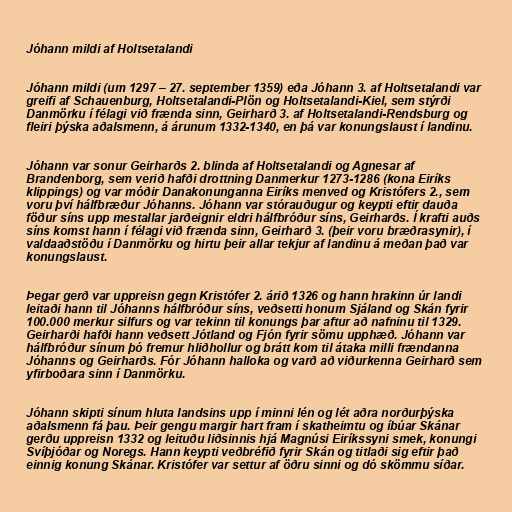
Jóhann mildi af Holtsetalandi

Jóhann mildi (um 1297 – 27. september 1359) eða Jóhann 3. af Holtsetalandi var
greifi af Schauenburg, Holtsetalandi-Plön og Holtsetalandi-Kiel, sem stýrði
Danmörku í félagi við frænda sinn, Geirharð 3. af Holtsetalandi-Rendsburg og
fleiri þýska aðalsmenn, á árunum 1332-1340, en þá var konungslaust í landinu.

Jóhann var sonur Geirharðs 2. blinda af Holtsetalandi og Agnesar af
Brandenborg, sem verið hafði drottning Danmerkur 1273-1286 (kona Eiríks
klippings) og var móðir Danakonunganna Eiríks menved og Kristófers 2., sem
voru því hálfbræður Jóhanns. Jóhann var stórauðugur og keypti eftir dauða
föður síns upp mestallar jarðeignir eldri hálfbróður síns, Geirharðs. Í krafti auðs
síns komst hann í félagi við frænda sinn, Geirharð 3. (þeir voru bræðrasynir), í
valdaaðstöðu í Danmörku og hirtu þeir allar tekjur af landinu á meðan það var
konungslaust.

Þegar gerð var uppreisn gegn Kristófer 2. árið 1326 og hann hrakinn úr landi
leitaði hann til Jóhanns hálfbróður síns, veðsetti honum Sjáland og Skán fyrir
100.000 merkur silfurs og var tekinn til konungs þar aftur að nafninu til 1329.
Geirharði hafði hann veðsett Jótland og Fjón fyrir sömu upphæð. Jóhann var
hálfbróður sínum þó fremur hliðhollur og brátt kom til átaka milli frændanna
Jóhanns og Geirharðs. Fór Jóhann halloka og varð að viðurkenna Geirharð sem
yfirboðara sinn í Danmörku.

Jóhann skipti sínum hluta landsins upp í minni lén og lét aðra norðurþýska
aðalsmenn fá þau. Þeir gengu margir hart fram í skatheimtu og íbúar Skánar
gerðu uppreisn 1332 og leituðu liðsinnis hjá Magnúsi Eiríkssyni smek, konungi
Svíþjóðar og Noregs. Hann keypti veðbréfið fyrir Skán og titlaði sig eftir það
einnig konung Skánar. Kristófer var settur af öðru sinni og dó skömmu síðar.